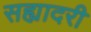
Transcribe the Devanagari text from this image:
सह्यादरी